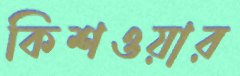
কিশওয়ার